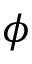
\phi